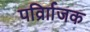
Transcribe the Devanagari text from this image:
पर्व्राािजक